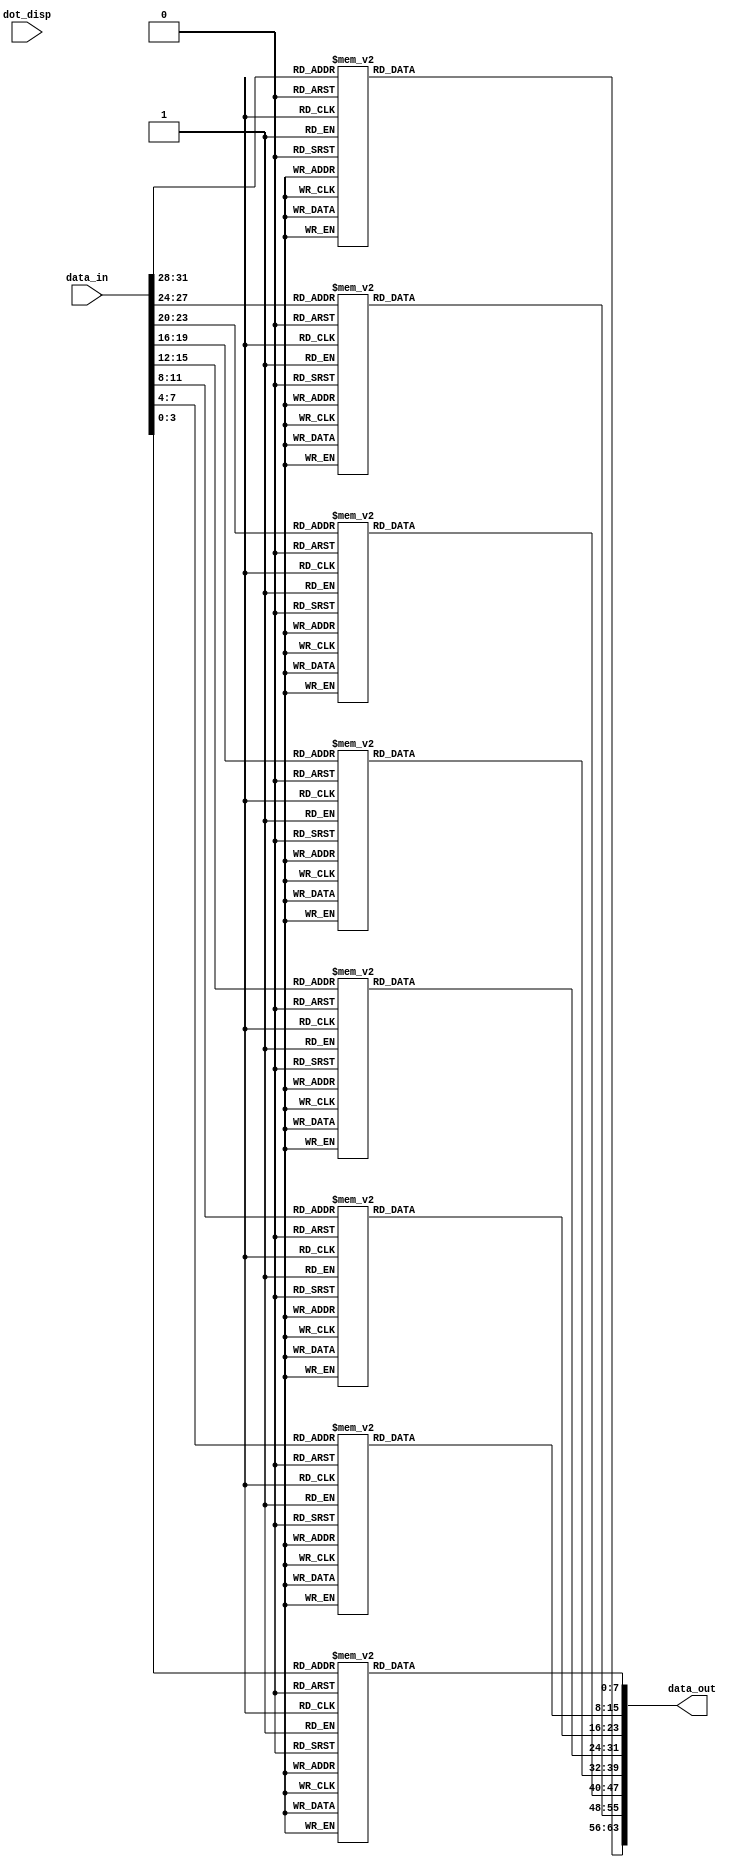
module data_conver(
input wire [31:0] data_in,
input wire [7:0] dot_disp,
output wire [63:0] data_out
);
reg [7:0] seg0,seg1,seg2,seg3,seg4,seg5,seg6,seg7;
always@(*) begin
        case(data_in[3:0])
            4'd0  : seg0  <=  8'b1100_0000;    //0
            4'd1  : seg0  <=  8'b1111_1001;    //1
            4'd2  : seg0  <=  8'b1010_0100;    //2
            4'd3  : seg0  <=  8'b1011_0000;    //3
            4'd4  : seg0  <=  8'b1001_1001;    //4
            4'd5  : seg0  <=  8'b1001_0010;    //5
            4'd6  : seg0  <=  8'b1000_0010;    //6
            4'd7  : seg0  <=  8'b1111_1000;    //7
            4'd8  : seg0  <=  8'b1000_0000;    //8
            4'd9  : seg0  <=  8'b1001_0000;    //9
            4'd10 : seg0  <=  8'b1011_1111          ;    //
            4'd11 : seg0  <=  8'b1111_1111          ;    //
            default:seg0  <=  8'b1100_0000;
        endcase
end
always@(*) begin
        case(data_in[7:4])
            4'd0  : seg1  <=  8'b1100_0000;
            4'd1  : seg1  <=  8'b1111_1001;
            4'd2  : seg1  <=  8'b1010_0100;
            4'd3  : seg1  <=  8'b1011_0000;
            4'd4  : seg1  <=  8'b1001_1001;
            4'd5  : seg1  <=  8'b1001_0010;
            4'd6  : seg1  <=  8'b1000_0010;
            4'd7  : seg1  <=  8'b1111_1000;
            4'd8  : seg1  <=  8'b1000_0000;
            4'd9  : seg1  <=  8'b1001_0000;    
            4'd10 : seg1  <=  8'b1011_1111          ;    //
            4'd11 : seg1  <=  8'b1111_1111          ;    //
            default:seg1  <=  8'b1100_0000;
        endcase
end
always@(*) begin
        case(data_in[11:8])
            4'd0  : seg2  <=  8'b1100_0000;   
            4'd1  : seg2  <=  8'b1111_1001;   
            4'd2  : seg2  <=  8'b1010_0100;   
            4'd3  : seg2  <=  8'b1011_0000;   
            4'd4  : seg2  <=  8'b1001_1001;   
            4'd5  : seg2  <=  8'b1001_0010;   
            4'd6  : seg2  <=  8'b1000_0010;   
            4'd7  : seg2  <=  8'b1111_1000;   
            4'd8  : seg2  <=  8'b1000_0000;   
            4'd9  : seg2  <=  8'b1001_0000;   
            4'd10 : seg2  <=  8'b1011_1111          ;    //
            4'd11 : seg2  <=  8'b1111_1111          ;    //
            default:seg2  <=  8'b1100_0000;
        endcase
end
always@(*) begin
        case(data_in[15:12])
            4'd0  : seg3  <=  8'b1100_0000;   
            4'd1  : seg3  <=  8'b1111_1001;   
            4'd2  : seg3  <=  8'b1010_0100;   
            4'd3  : seg3  <=  8'b1011_0000;   
            4'd4  : seg3  <=  8'b1001_1001;   
            4'd5  : seg3  <=  8'b1001_0010;   
            4'd6  : seg3  <=  8'b1000_0010;   
            4'd7  : seg3  <=  8'b1111_1000;   
            4'd8  : seg3  <=  8'b1000_0000;   
            4'd9  : seg3  <=  8'b1001_0000;   
            4'd10 : seg3  <=  8'b1011_1111          ;    //
            4'd11 : seg3  <=  8'b1111_1111          ;    //
            default:seg3  <=  8'b1100_0000;
        endcase
end
always@(*) begin
        case(data_in[19:16])
            4'd0  : seg4  <=  8'b1100_0000;   
            4'd1  : seg4  <=  8'b1111_1001;   
            4'd2  : seg4  <=  8'b1010_0100;   
            4'd3  : seg4  <=  8'b1011_0000;   
            4'd4  : seg4  <=  8'b1001_1001;   
            4'd5  : seg4  <=  8'b1001_0010;   
            4'd6  : seg4  <=  8'b1000_0010;   
            4'd7  : seg4  <=  8'b1111_1000;   
            4'd8  : seg4  <=  8'b1000_0000;   
            4'd9  : seg4  <=  8'b1001_0000;   
            4'd10 : seg4  <=  8'b1011_1111          ;    //
            4'd11 : seg4  <=  8'b1111_1111          ;    //
            default:seg4  <=  8'b1100_0000;
        endcase
end
always@(*) begin
        case(data_in[23:20])
            4'd0  : seg5  <=  8'b1100_0000;   
            4'd1  : seg5  <=  8'b1111_1001;   
            4'd2  : seg5  <=  8'b1010_0100;   
            4'd3  : seg5  <=  8'b1011_0000;   
            4'd4  : seg5  <=  8'b1001_1001;   
            4'd5  : seg5  <=  8'b1001_0010;   
            4'd6  : seg5  <=  8'b1000_0010;   
            4'd7  : seg5  <=  8'b1111_1000;   
            4'd8  : seg5  <=  8'b1000_0000;   
            4'd9  : seg5  <=  8'b1001_0000;   
            4'd10 : seg5  <=  8'b1011_1111          ;    //
            4'd11 : seg5  <=  8'b1111_1111          ;    //
            default:seg5  <=  8'b1100_0000;
        endcase
end
always@(*) begin
        case(data_in[27:24])
            4'd0  : seg6  <=  8'b1100_0000;   
            4'd1  : seg6  <=  8'b1111_1001;   
            4'd2  : seg6  <=  8'b1010_0100;   
            4'd3  : seg6  <=  8'b1011_0000;   
            4'd4  : seg6  <=  8'b1001_1001;   
            4'd5  : seg6  <=  8'b1001_0010;   
            4'd6  : seg6  <=  8'b1000_0010;   
            4'd7  : seg6  <=  8'b1111_1000;   
            4'd8  : seg6  <=  8'b1000_0000;   
            4'd9  : seg6  <=  8'b1001_0000;   
            4'd10 : seg6  <=  8'b1011_1111          ;    //
            4'd11 : seg6  <=  8'b1111_1111          ;    //
            default:seg6  <=  8'b1100_0000;
        endcase
end
always@(*) begin
        case(data_in[31:28])
            4'd0  : seg7  <=  8'b1100_0000;   
            4'd1  : seg7  <=  8'b1111_1001;   
            4'd2  : seg7  <=  8'b1010_0100;   
            4'd3  : seg7  <=  8'b1011_0000;   
            4'd4  : seg7  <=  8'b1001_1001;   
            4'd5  : seg7  <=  8'b1001_0010;   
            4'd6  : seg7  <=  8'b1000_0010;   
            4'd7  : seg7  <=  8'b1111_1000;   
            4'd8  : seg7  <=  8'b1000_0000;   
            4'd9  : seg7  <=  8'b1001_0000;   
            4'd10 : seg7  <=  8'b1011_1111          ;    //
            4'd11 : seg7  <=  8'b1111_1111          ;    //
            default:seg7  <=  8'b1100_0000;
        endcase
end
assign data_out = {seg7,seg6,seg5,seg4,seg3,seg2,seg1,seg0};
endmodule